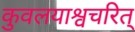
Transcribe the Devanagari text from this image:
कुवलयाश्वचरित्